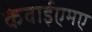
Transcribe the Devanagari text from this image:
केवाईएमए